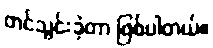
တင်သွင်းခဲ့တာ ဖြစ်ပါတယ်။